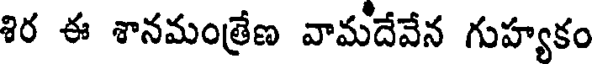
శిర ఈ శానమంత్రేణ వామదేవేన గుహ్యకం